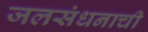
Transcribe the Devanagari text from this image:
जलसंधनाची